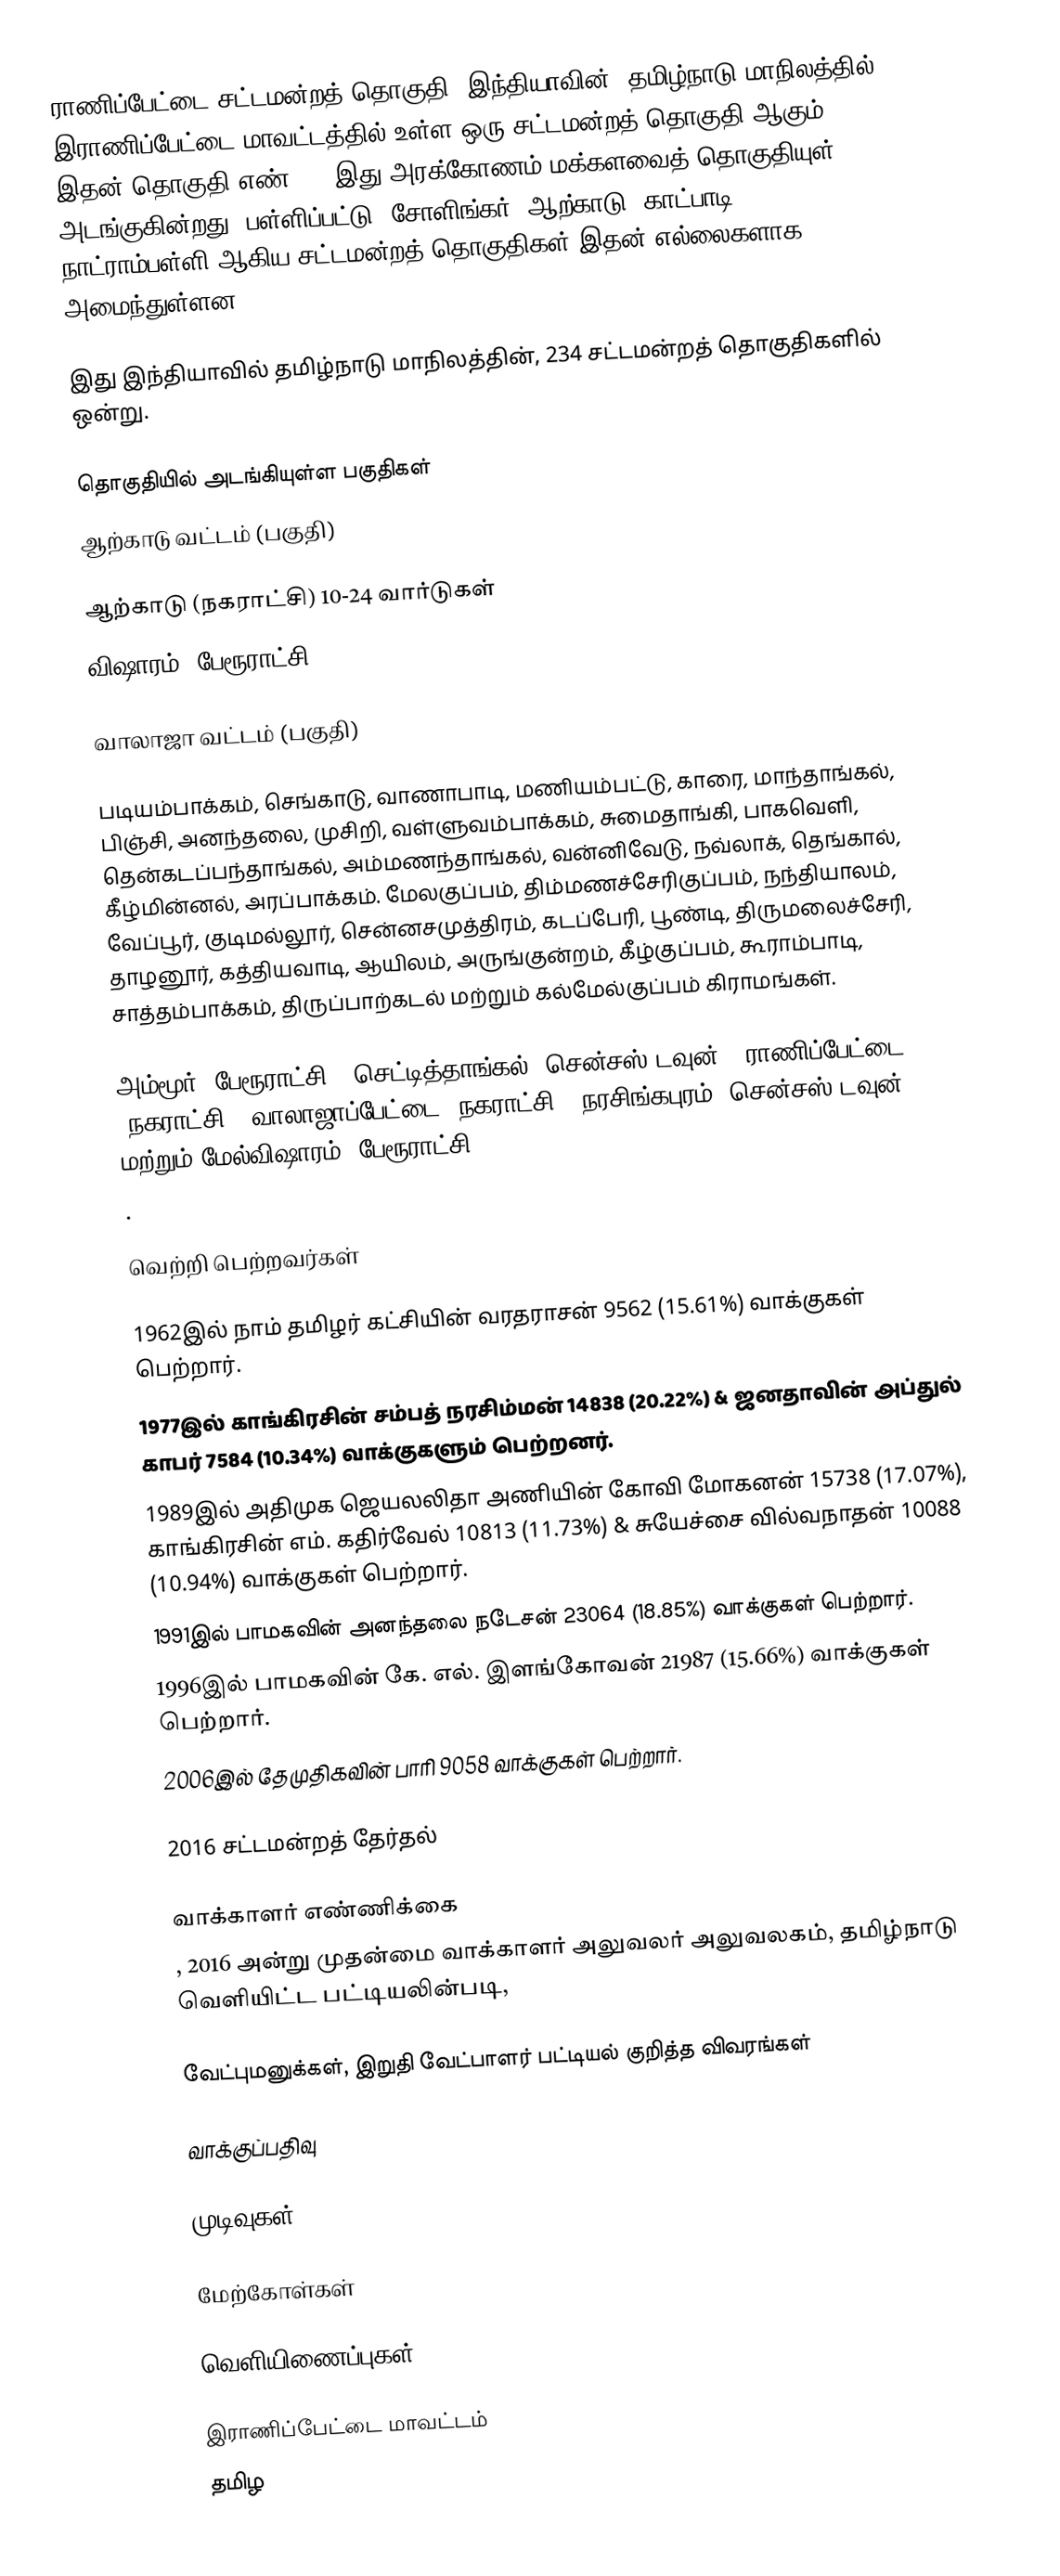
ராணிப்பேட்டை சட்டமன்றத் தொகுதி, இந்தியாவின், தமிழ்நாடு மாநிலத்தில் இராணிப்பேட்டை மாவட்டத்தில் உள்ள ஒரு சட்டமன்றத் தொகுதி ஆகும். இதன் தொகுதி எண் 41. இது அரக்கோணம் மக்களவைத் தொகுதியுள் அடங்குகின்றது. பள்ளிப்பட்டு, சோளிங்கர், ஆற்காடு, காட்பாடி, நாட்ராம்பள்ளி ஆகிய சட்டமன்றத் தொகுதிகள் இதன் எல்லைகளாக அமைந்துள்ளன.

இது இந்தியாவில் தமிழ்நாடு மாநிலத்தின், 234 சட்டமன்றத் தொகுதிகளில் ஒன்று.

தொகுதியில் அடங்கியுள்ள பகுதிகள்
ஆற்காடு வட்டம் (பகுதி)

ஆற்காடு (நகராட்சி) 10-24 வார்டுகள்
விஷாரம் (பேரூராட்சி)

வாலாஜா வட்டம் (பகுதி)

படியம்பாக்கம், செங்காடு, வாணாபாடி, மணியம்பட்டு, காரை, மாந்தாங்கல், பிஞ்சி, அனந்தலை, முசிறி, வள்ளுவம்பாக்கம், சுமைதாங்கி, பாகவெளி, தென்கடப்பந்தாங்கல், அம்மணந்தாங்கல், வன்னிவேடு, நவ்லாக், தெங்கால், கீழ்மின்னல், அரப்பாக்கம். மேலகுப்பம், திம்மணச்சேரிகுப்பம், நந்தியாலம், வேப்பூர், குடிமல்லூர், சென்னசமுத்திரம், கடப்பேரி, பூண்டி, திருமலைச்சேரி, தாழனூர், கத்தியவாடி, ஆயிலம், அருங்குன்றம், கீழ்குப்பம், கூராம்பாடி, சாத்தம்பாக்கம், திருப்பாற்கடல் மற்றும் கல்மேல்குப்பம் கிராமங்கள்.

அம்மூர் (பேரூராட்சி), செட்டித்தாங்கல் (சென்சஸ் டவுன்), ராணிப்பேட்டை (நகராட்சி), வாலாஜாப்பேட்டை (நகராட்சி), நரசிங்கபுரம் (சென்சஸ் டவுன்), மற்றும் மேல்விஷாரம் (பேரூராட்சி).
.

வெற்றி பெற்றவர்கள்

1962இல் நாம் தமிழர் கட்சியின் வரதராசன் 9562 (15.61%) வாக்குகள் பெற்றார்.
1977இல் காங்கிரசின் சம்பத் நரசிம்மன் 14838 (20.22%) & ஜனதாவின் அப்துல் காபர் 7584 (10.34%) வாக்குகளும் பெற்றனர்.
1989இல் அதிமுக ஜெயலலிதா அணியின் கோவி மோகனன் 15738 (17.07%), காங்கிரசின் எம். கதிர்வேல் 10813 (11.73%) & சுயேச்சை வில்வநாதன் 10088 (10.94%) வாக்குகள் பெற்றார்.
1991இல் பாமகவின் அனந்தலை நடேசன் 23064 (18.85%) வாக்குகள் பெற்றார்.
1996இல் பாமகவின் கே. எல். இளங்கோவன் 21987 (15.66%) வாக்குகள் பெற்றார்.
2006இல் தேமுதிகவின் பாரி 9058 வாக்குகள் பெற்றார்.

2016 சட்டமன்றத் தேர்தல்

வாக்காளர் எண்ணிக்கை
, 2016 அன்று முதன்மை வாக்காளர் அலுவலர் அலுவலகம், தமிழ்நாடு வெளியிட்ட பட்டியலின்படி,

வேட்புமனுக்கள், இறுதி வேட்பாளர் பட்டியல் குறித்த விவரங்கள்

வாக்குப்பதிவு

முடிவுகள்

மேற்கோள்கள்

வெளியிணைப்புகள்

இராணிப்பேட்டை மாவட்டம்
தமிழ